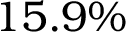
1 5 . 9 \%